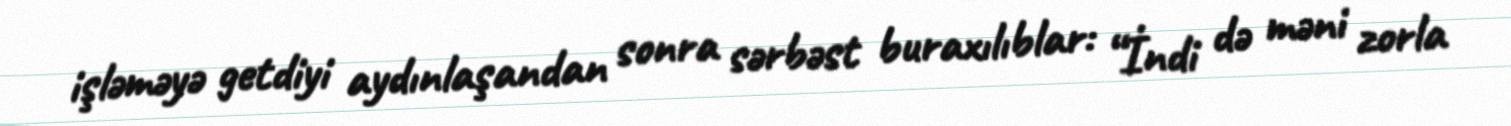
işləməyə getdiyi aydınlaşandan sonra sərbəst buraxılıblar: “İndi də məni zorla